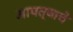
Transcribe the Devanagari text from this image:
आपत्याचे